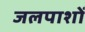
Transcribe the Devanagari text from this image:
जलपाशों